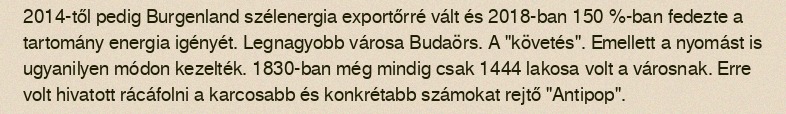
2014-től pedig Burgenland szélenergia exportőrré vált és 2018-ban 150 %-ban fedezte a tartomány energia igényét. Legnagyobb városa Budaörs. A "követés". Emellett a nyomást is ugyanilyen módon kezelték. 1830-ban még mindig csak 1444 lakosa volt a városnak. Erre volt hivatott rácáfolni a karcosabb és konkrétabb számokat rejtő "Antipop".